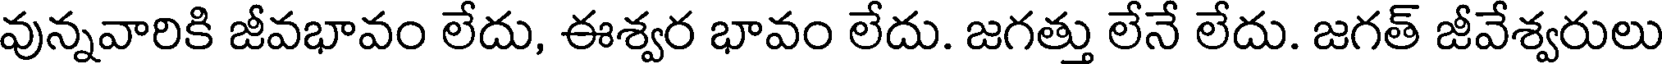
వున్నవారికి జీవభావం లేదు, ఈశ్వర భావం లేదు. జగత్తు లేనే లేదు. జగత్ జీవేశ్వరులు